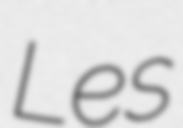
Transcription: Les